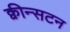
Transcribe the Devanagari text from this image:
क्वीन्सटन